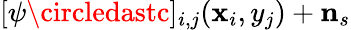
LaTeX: [\psi\circledastc]_{i,j}(\mathbf{x}_{i},y_{j})+\mathbf{n}_{s}